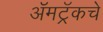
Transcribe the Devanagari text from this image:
ॲमट्रॅकचे